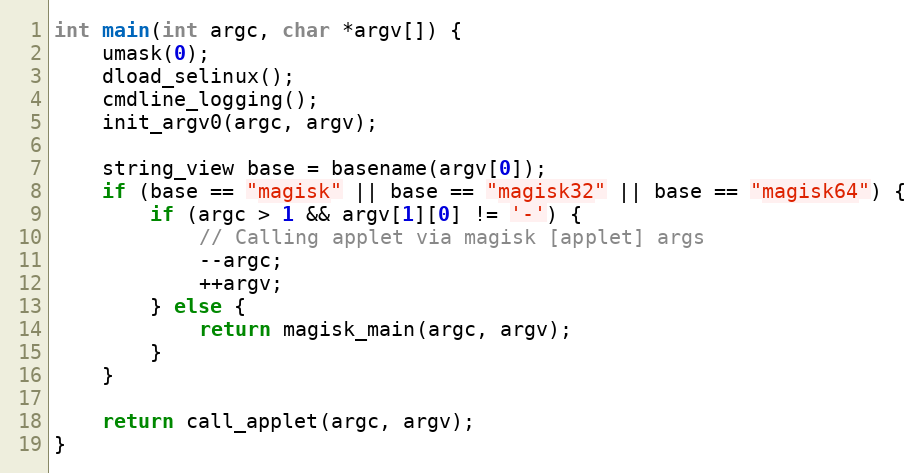
Language: C++
int main(int argc, char *argv[]) {
    umask(0);
    dload_selinux();
    cmdline_logging();
    init_argv0(argc, argv);

    string_view base = basename(argv[0]);
    if (base == "magisk" || base == "magisk32" || base == "magisk64") {
        if (argc > 1 && argv[1][0] != '-') {
            // Calling applet via magisk [applet] args
            --argc;
            ++argv;
        } else {
            return magisk_main(argc, argv);
        }
    }

    return call_applet(argc, argv);
}